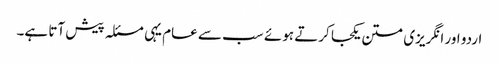
اردو اور انگریزی متن یکجا کرتے ہوئے سب سے عام یہی مسئلہ پیش آتا ہے۔